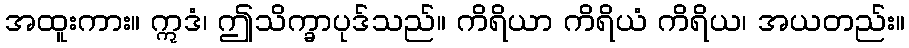
အထူးကား။ ဣဒံ၊ ဤသိက္ခာပုဒ်သည်။ ကိရိယာ ကိရိယံ ကိရိယ၊ အယတည်း။